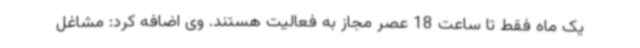
یک ماه فقط تا ساعت 18 عصر مجاز به فعالیت هستند. وی اضافه کرد: مشاغل